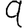
Digit: 9